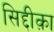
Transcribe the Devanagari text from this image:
सिद्दीक़ा